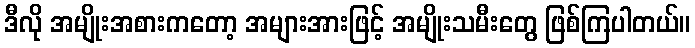
ဒီလို အမျိုးအစားကတော့ အများအားဖြင့် အမျိုးသမီးတွေ ဖြစ်ကြပါတယ်။